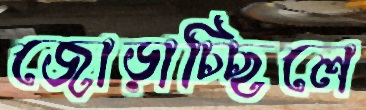
জোড়াচ্ছিলে